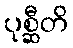
ပုစ္ဆီတိ